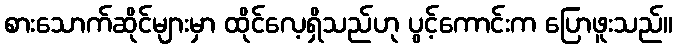
စားသောက်ဆိုင်များမှာ ထိုင်လေ့ရှိသည်ဟု ပွင့်ကောင်းက ပြောဖူးသည်။